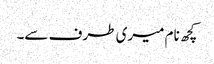
کچھ نام میری طرف سے۔